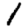
Digit: 1